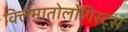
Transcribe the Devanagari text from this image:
क्लिमातोलोगिस्ट्स